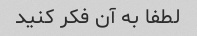
لطفا به آن فکر کنید